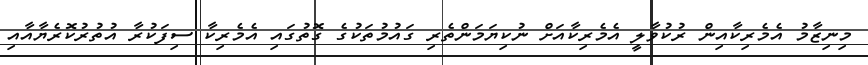
މިނިޒާމު އެމެރިކާއިން ރުކުވާލީ އެމެރިކާއަށް ނުކިޔަމަންތެރި ގައުމުތަކުގެ ގޮތުގައި އެމެރިކާ ސިފަކުރާ އުތުރުކޮރެޔާއާއި